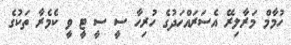
ހުމާމް މަރާލިރޭ އެސަރައްހަދުގެ ހުރިހާ ސީ ސީ ޓީ ވީ ކެމެރާ ތަކުގެ